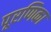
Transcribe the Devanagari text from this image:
पूरणिका